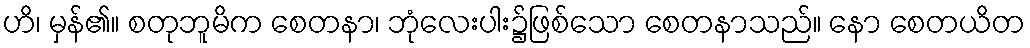
ဟိ၊ မှန်၏။ စတုဘူမိက စေတနာ၊ ဘုံလေးပါး၌ဖြစ်သော စေတနာသည်။ နော စေတယိတ